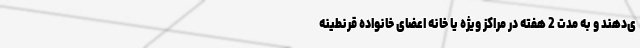
ی‌دهند و به مدت 2 هفته در مراکز ویژه یا خانه اعضای خانواده قرنطینه